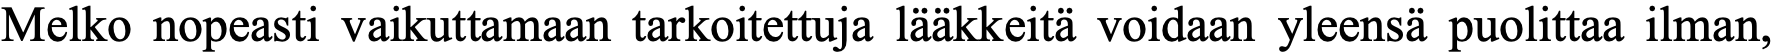
Melko nopeasti vaikuttamaan tarkoitettuja lääkkeitä voidaan yleensä puolittaa ilman,